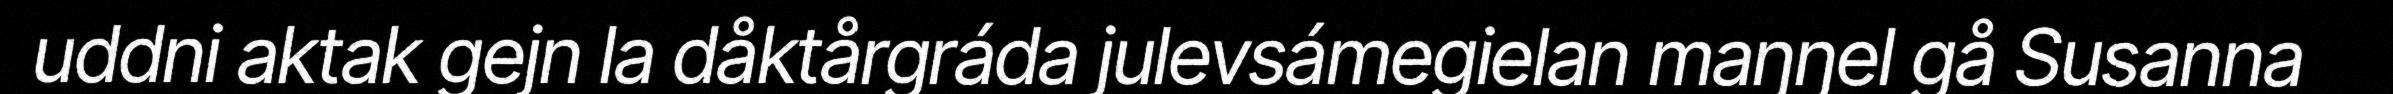
uddni aktak gejn la dåktårgráda julevsámegielan maŋŋel gå Susanna